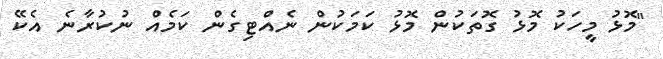
"މޮޅު މީހަކު މޮޅު ގޮތަކުން މޮޅު ކަމަކުން ނެއްޓިގެން ކަމެއް ނުކުރާނެ އެކޭ